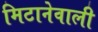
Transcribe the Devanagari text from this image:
मिटानेवाली